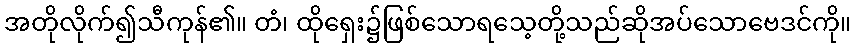
အတိုလိုက်၍သီကုန်၏။ တံ၊ ထိုရှေး၌ဖြစ်သောရသေ့တို့သည်ဆိုအပ်သောဗေဒင်ကို။